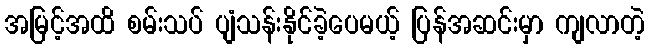
အမြင့်အထိ စမ်းသပ် ပျံသန်းနိုင်ခဲ့ပေမယ့် ပြန်အဆင်းမှာ ကျလာတဲ့